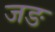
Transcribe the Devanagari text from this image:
जङ